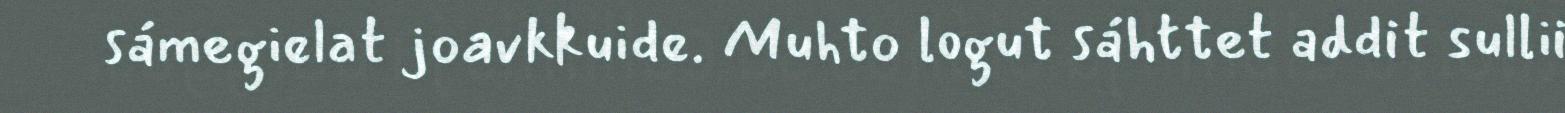
sámegielat joavkkuide. Muhto logut sáhttet addit sullii